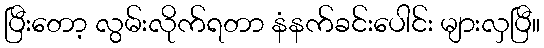
ပြီးတော့ လွမ်းလိုက်ရတာ နံနက်ခင်းပေါင်း များလှပြီ။